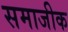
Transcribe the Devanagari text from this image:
समाजीक